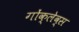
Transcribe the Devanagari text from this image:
गोंक्लेव्स